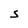
Character: S